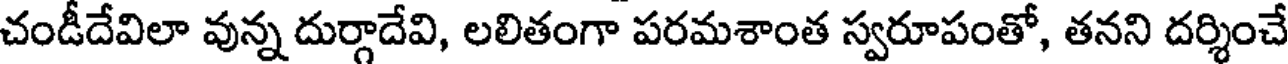
చండీదేవిలా వున్న దుర్గాదేవి, లలితంగా పరమశాంత స్వరూపంతో, తనని దర్శించే